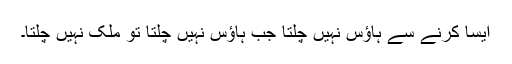
ایسا کرنے سے ہاؤس نہیں چلتا جب ہاؤس نہیں چلتا تو ملک نہیں چلتا۔